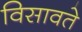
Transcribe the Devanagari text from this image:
विसावते